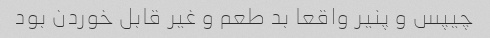
چیپس و پنیر واقعا بد طعم و غیر قابل خوردن بود